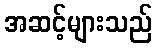
အဆင့်များသည်